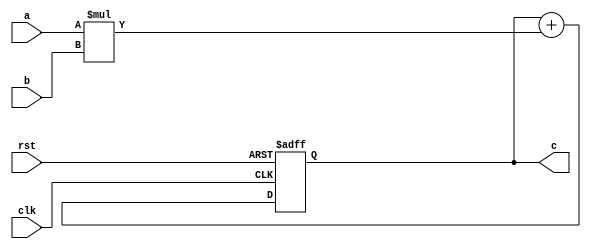
module pe (
  input wire clk,
  input wire rst,
  input wire [31:0] a,
  input wire [31:0] b,
  output wire [31:0] c
);

  reg [31:0] c_reg;
  
  always @(posedge clk or posedge rst) begin
    if (rst) begin
      // Reset condition
      c_reg <= 32'd0;
    end
    else begin
      // Multiplication and accumulation
      c_reg <= c_reg + (a * b);
    end
  end
  
  assign c = c_reg;

endmodule